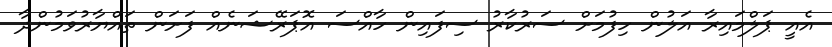
އެއީ ޕަލްމައިރާ އަލުން ހިފުމަށް ސަރުކާރު ސިފައިން ހާއްސަ އޮޕަރޭޝަނެއް ފަށަން ތައްޔާރުވަމުންދާ